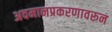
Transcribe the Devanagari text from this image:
अवमानप्रकरणावरून